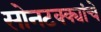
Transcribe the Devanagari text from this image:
सोनटक्क्यांचे